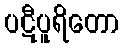
ပဋီပူရိတော